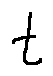
t